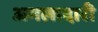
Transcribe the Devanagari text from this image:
अमलादारी